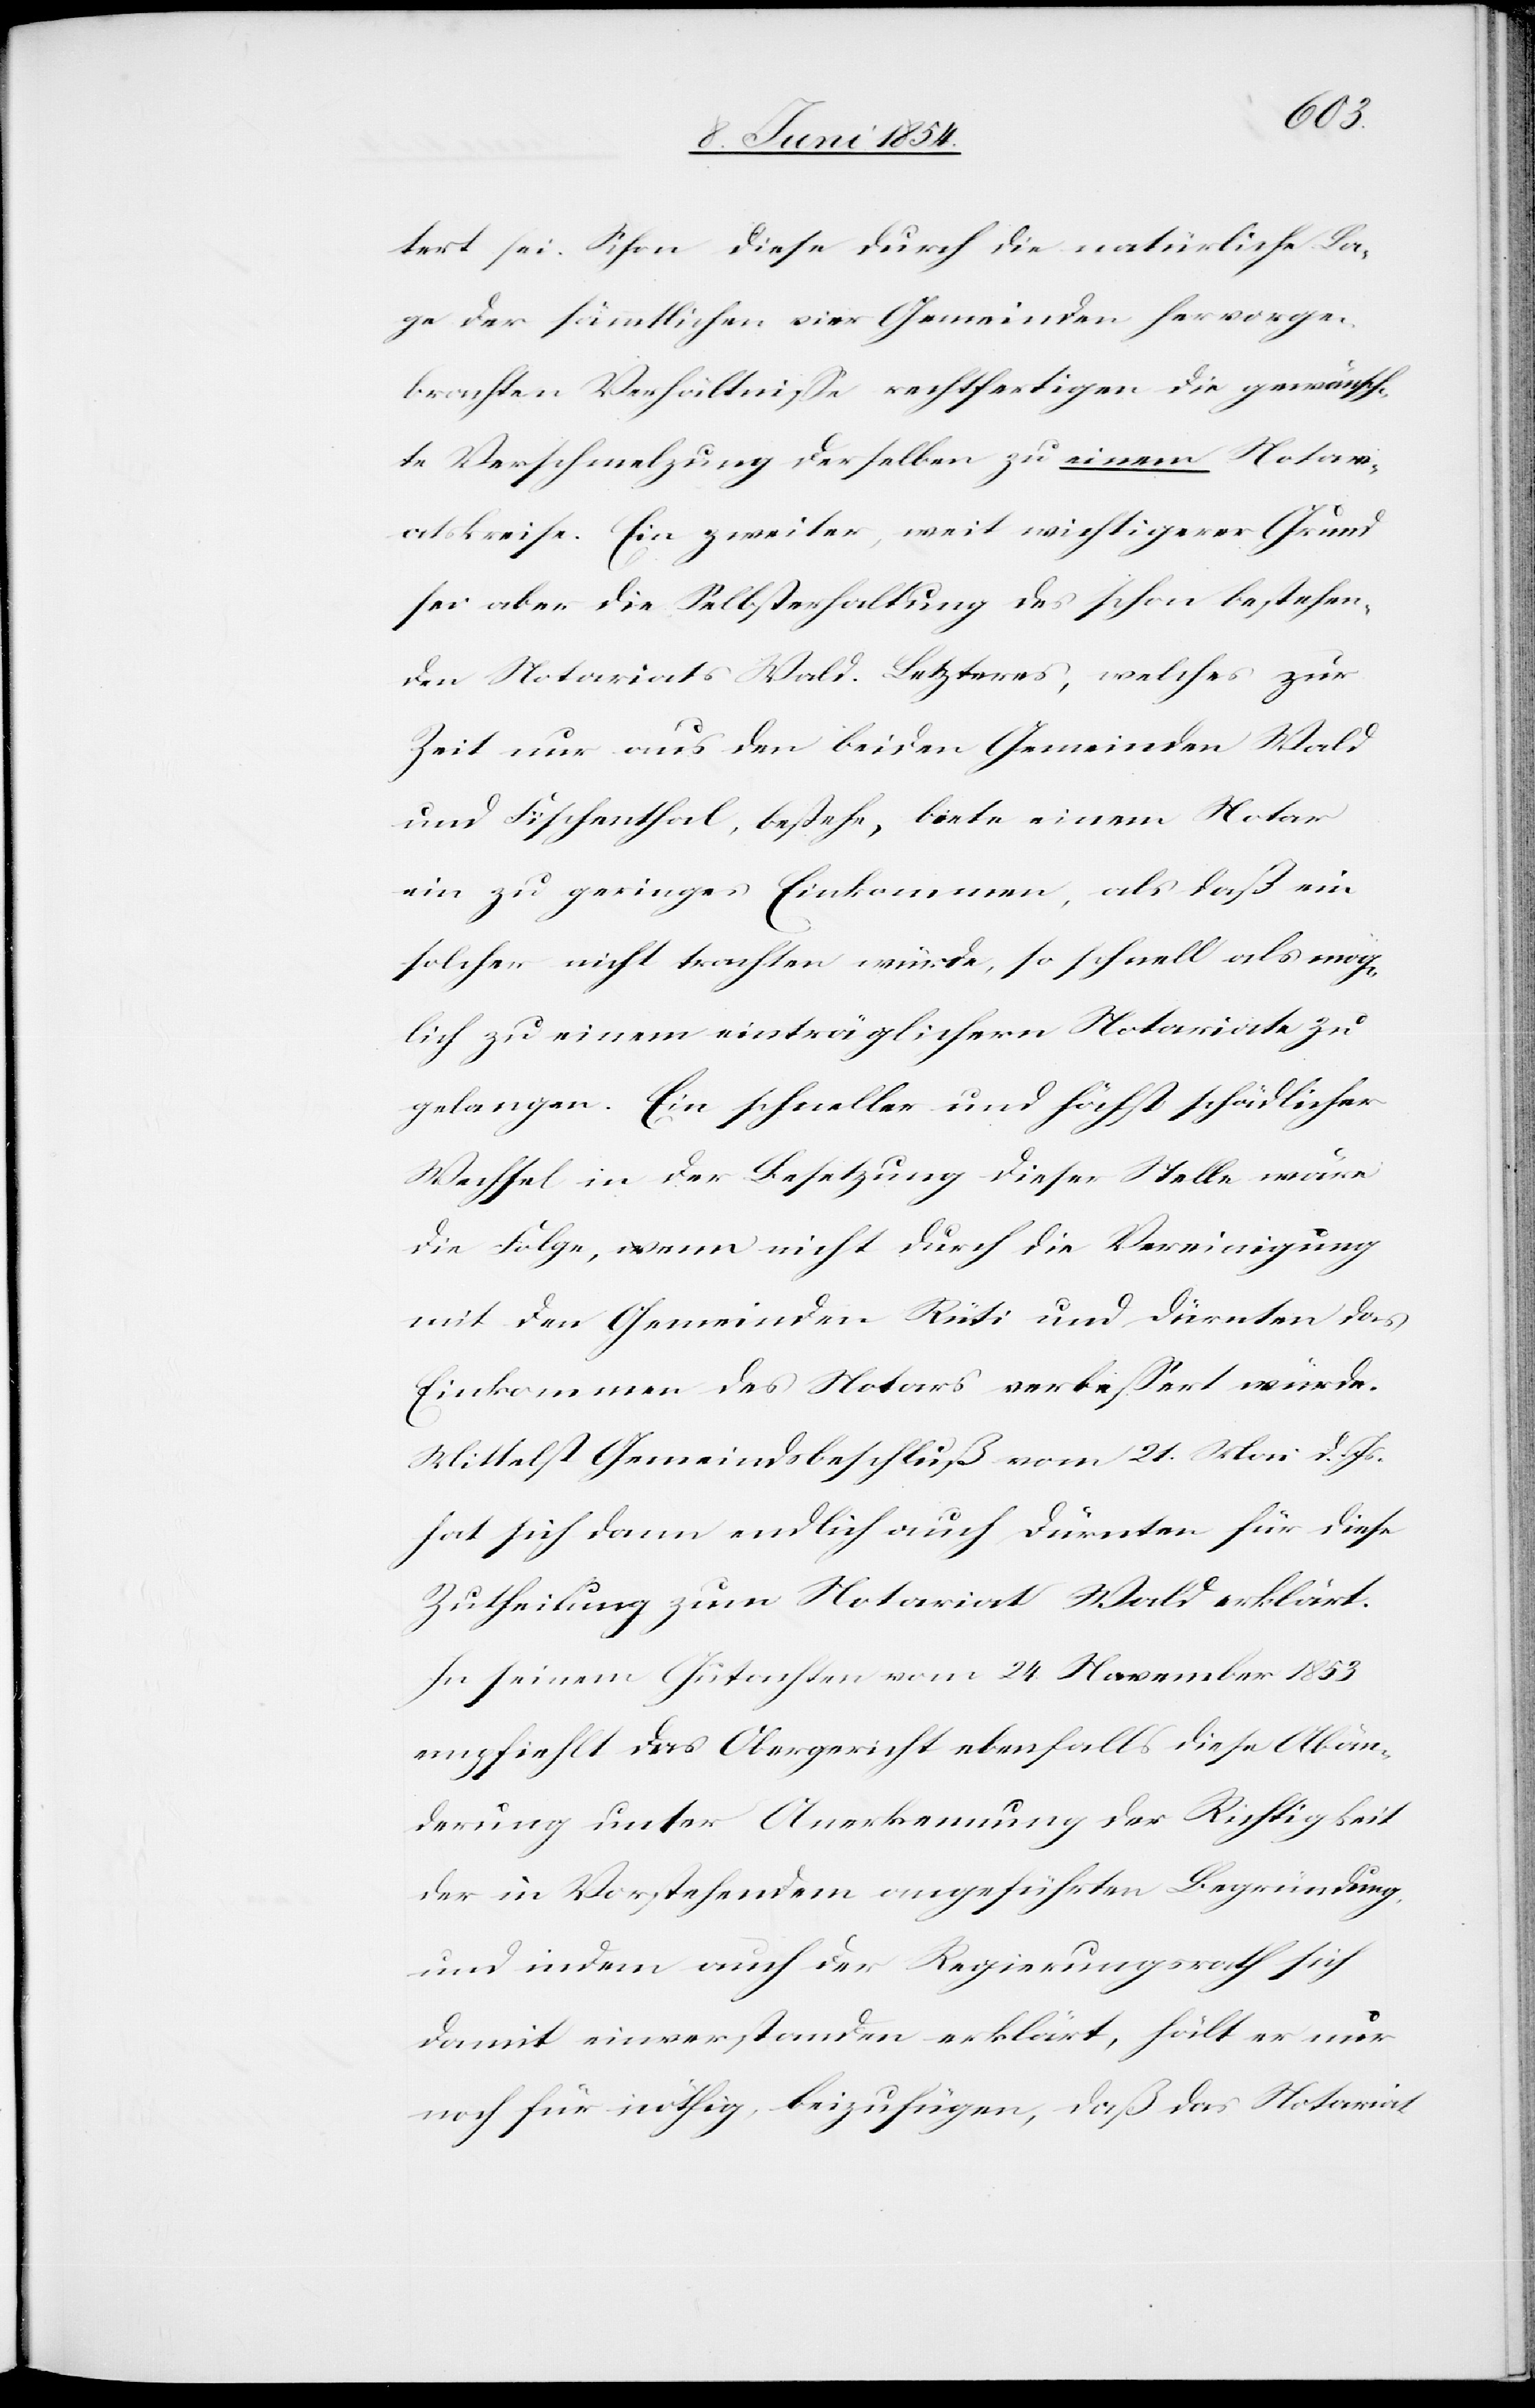
tert sei. Schon diese durch die natürliche La¬
ge der sämmtlichen vier Gemeinden hervorge¬
brachten Verhältniße rechtfertigen die gewünsch¬
te Verschmelzung derselben zu einem Notar¬
iatskreise. Ein zweiter, weit wichtigerer Grund
sei aber die Selbsterhaltung des schon bestehen¬
den Notariats Wald. Letzteres, welches zur
Zeit nur aus den beiden Gemeinden Wald
und Fischenthal, bestehe, biete einem Notar
ein zu geringes Einkommen, als daß ein
solcher nicht trachten würde, so schnell als mög¬
lich zu einem einträglichern Notariate zu
gelangen. Ein schneller und höchst schädlicher
Wechsel in der Besetzung dieser Stelle wäre
die Folge, wenn nicht durch die Vereinigung
mit den Gemeinden Rüti und Dürnten das
Einkommen des Notars verbeßert würde.
Mittelst Gemeindsbeschluß vom 21. Mai d. Js.
hat sich dann endlich auch Dürnten für diese
Zutheilung zum Notariat Wald erklärt.
In seinem Gutachten vom 24. November 1853
empfiehlt das Obergericht ebenfalls dieser Abän¬
derung unter Anerkennung der Richtigkeit
der in Vorstehendem angeführten Begründung
und indem auch der Regierungsrath sich
damit einverstanden erklärt, hält er nur
noch für nöhtig, beizufügen, daß das Notariat